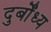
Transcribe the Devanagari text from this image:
दुर्बोंध्य